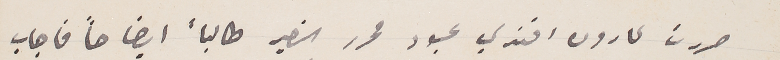
حررت لمارون افندي عبود محرر النصير طالباً ايضاحاً  فاجاب